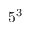
5 ^ { 3 }